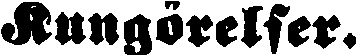
Kungörelser.